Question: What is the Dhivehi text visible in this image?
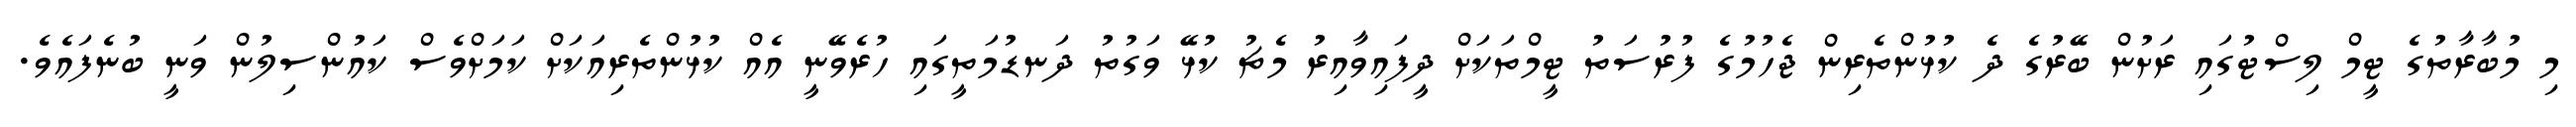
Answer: މި މުބާރާތުގެ ޓީމް ލިސްޓުގައި ރަށުން ބޭރުގެ ދެ ކުޅުންތެރިން ޖެހުމުގެ ފުރުސަތު ޓީމްތަކަށް ދީފައިވާއިރު މެޗު ކުޅޭ ވަގުތު ދަނޑުމަތީގައި ހުރެވޭނީ އެއް ކުޅުންތެރިއަކަށް ކަމަށްވެސް ކައުންސިލުން ވަނީ ބުނެފައެވެ.